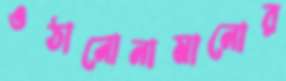
ওঠানোনামানোর